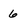
Character: 6